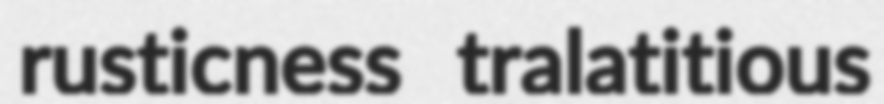
rusticness tralatitious